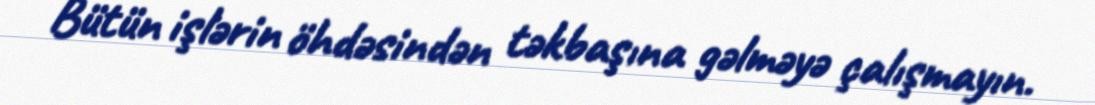
Bütün işlərin öhdəsindən təkbaşına gəlməyə çalışmayın.